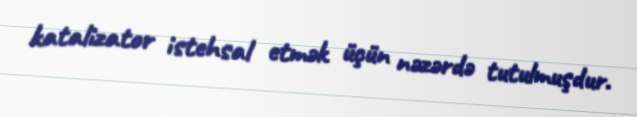
katalizator istehsal etmək üçün nəzərdə tutulmuşdur.